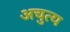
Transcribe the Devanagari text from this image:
अचुत्य